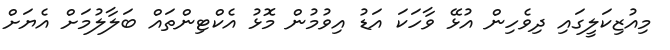
މިއުޒިކަލީގައި ދިވެހިން އުޅޭ ވާހަކަ އަޑު އިވުމުން މޮޅު އެކްޓިންތައް ބަލާލުމަށް އެޔަށް